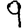
Digit: 9